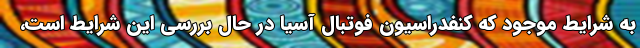
به شرایط موجود که کنفدراسیون فوتبال آسیا در حال بررسی این شرایط است،